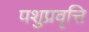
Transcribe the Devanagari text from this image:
पशुप्रवृत्ति